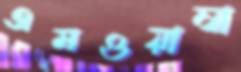
এমওয়াম্বা